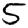
Digit: 5